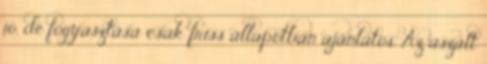
jó, de fogyasztása csak friss állapotban ajánlatos. Az aszalt